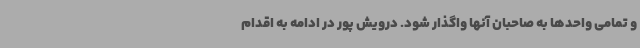
و تمامی واحدها به صاحبان آنها واگذار شود. درویش پور در ادامه به اقدام